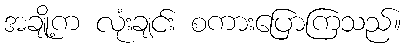
အချို့က လုံးချင်း စကားပြောကြသည်။